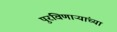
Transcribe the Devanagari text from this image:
पुरविणाऱ्यांच्या